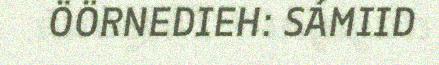
ÖÖRNEDIEH: SÁMIID